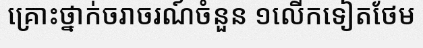
គ្រោះថ្នាក់ចរាចរណ៍ចំនួន ១លើកទៀតថែម